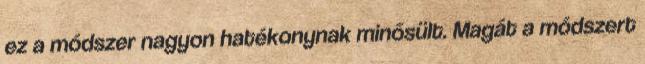
ez a módszer nagyon hatékonynak minősült. Magát a módszert